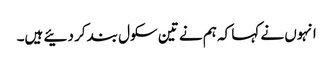
انہوں نے کہا کہ ہم نے تین سکول بند کر دئیے ہیں۔